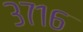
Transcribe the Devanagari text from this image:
३७१६